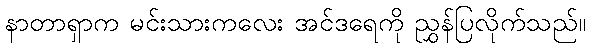
နာတာရှာက မင်းသားကလေး အင်ဒရေကို ညွှန်ပြလိုက်သည်။